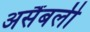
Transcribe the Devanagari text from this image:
असैंबली